Lunatic asylums Bombay report 1891-1903 - 1891-1903
Year: 1891
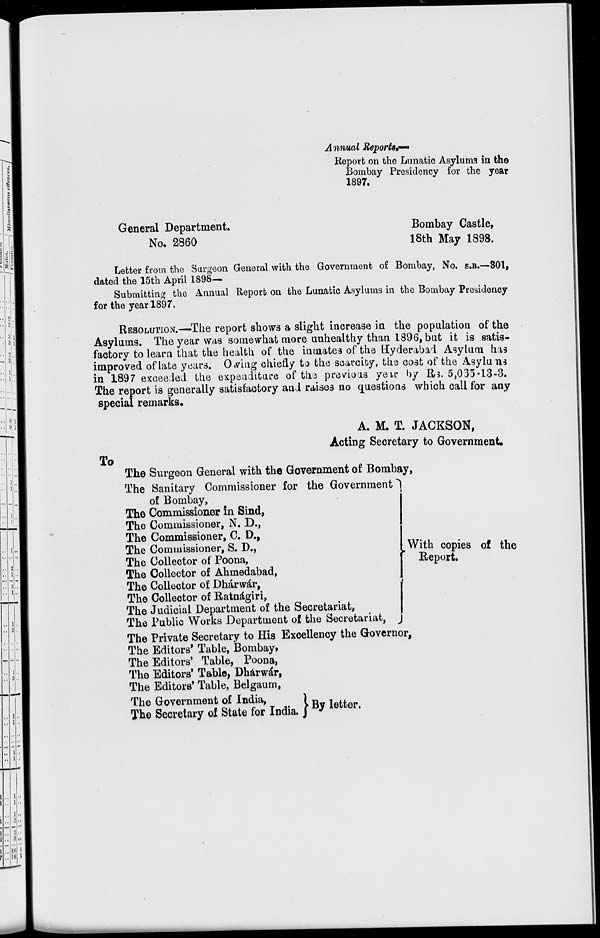
Annual Reports.—
Report on the Lunatic Asylums in the
Bombay Presidency for the year
1897.
General Department.
Bombay Castle,
No. 2860
18th May 1898.
Letter from the Surgeon General with the Government of Bombay, No. S.B.—301.
dated the 15th April 1898—
Submitting the Annual Report on the Lunatic Asylums in the Bombay Presidency
for the year 1897.
RESOLUTION—The report shows a slight increase in the population of the
Asylums. The year was somewhat more unhealthy than 1896, but it is satis-
factory to learn that the health of the inmates of the Hyderabad Asylum has
improved of late years. Owing chiefly to the scarcity, the cost of the Asylums
in 1897 exceeded the expenditure of the previous year by Rs. 5,065-13-3.
The report is generally satisfactory and raises no questions which call for any
special remarks.
A. M. T. JACKSON,
Acting Secretary to Government
To
The Surgeon General with the Government of Bombay,
The Sanitary Commissioner for the Government
of Bombay,
The Commissioner in Sind,
The Commissioner, N. D.,
The Commissioner, C. D.,
The Commissioner, S. D.,
The Collector of Poona,
The Collector of Ahmedabad,
The Collector of Dhárwár,
The Collector of Ratnágiri,
The Judicial Department of the Secretariat,
The Public Works Department of the Secretariat,
With copies of the
Report.
The Private Secretary to His Excellency the Governor,
The Editors' Table, Bombay,
The Editors' Table, Poona,
The Editors' Table, Dhárwár,
The Editors' Table, Belgaum,
The Government of India,
The Secretary of State for India. By letter.